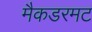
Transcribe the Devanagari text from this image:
मैकडरमट